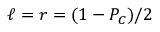
\ell = r = ( 1 - P _ { C } ) / 2